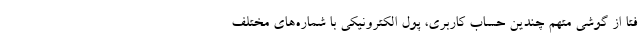
فتا از گوشی متهم چندین حساب کاربری، پول الکترونیکی با شماره‌های مختلف